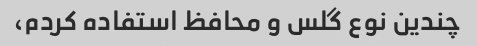
چندین نوع گلس و محافظ استفاده کردم،